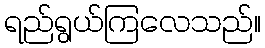
ရည်ရွယ်ကြလေသည်။